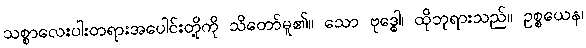
သစ္စာလေးပါးတရားအပေါင်းတို့ကို သိတော်မူ၏။ သော ဗုဒ္ဓေါ၊ ထိုဘုရားသည်။ ဥစ္စယေန၊